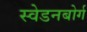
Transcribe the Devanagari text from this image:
स्वेडनबोर्ग